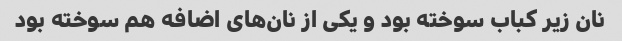
نان زیر کباب سوخته بود و یکی از نان‌های اضافه هم سوخته بود